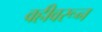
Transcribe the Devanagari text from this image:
वहीवरून